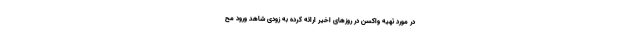
در مورد تهیه واکسن در روزهای اخیر ارائه کرده به زودی شاهد ورود مح